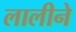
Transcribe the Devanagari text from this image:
लालीने